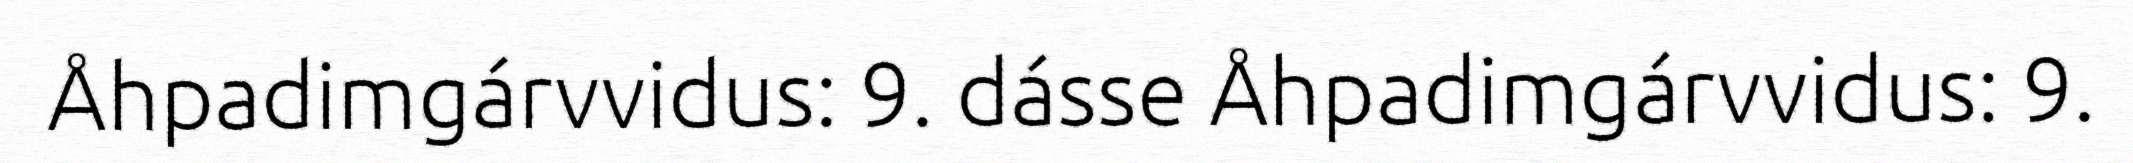
Åhpadimgárvvidus: 9. dásse Åhpadimgárvvidus: 9.